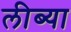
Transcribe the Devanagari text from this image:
लीब्या